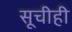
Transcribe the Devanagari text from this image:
सूचीही